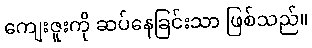
ကျေးဇူးကို ဆပ်နေခြင်းသာ ဖြစ်သည်။